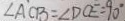
\angle A C B = \angle D C E = 9 0 ^ { \circ }